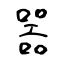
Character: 噐